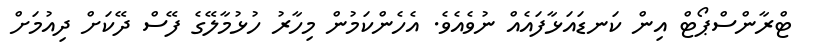
ޓްރާންސްޕޯޓް އިން ކަނޑައަޅާފައެއް ނުވެއެވެ. އެހެންކަމުން މިހާރު ހުޅުމާލޭގެ ފޭސް ދޭކަށް ދިއުމަށް